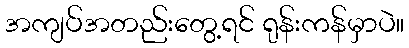
အကျပ်အတည်းတွေ့ရင် ရုန်းကန်မှာပဲ။